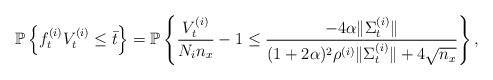
LaTeX: \begin{align*}\mathbb{P}\left\{ f^{(i)}_t V^{(i)}_t\leq \bar{t}\right\} = \mathbb{P}\left\{ \frac{V^{(i)}_t}{N_i n_x} - 1 \leq \frac{-4\alpha \|\Sigma^{(i)}_t\|}{(1+2\alpha)^2\rho^{(i)} \| \Sigma^{(i)}_t\|+ 4\sqrt{n_x}}\right\},\end{align*}